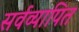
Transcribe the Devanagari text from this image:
सर्वव्यापित